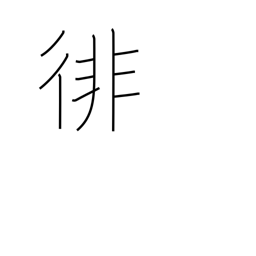
Meaning: wander